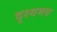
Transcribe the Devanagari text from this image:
दृश्यमय